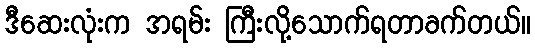
ဒီဆေးလုံးက အရမ်း ကြီးလို့သောက်ရတာခက်တယ်။